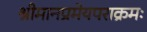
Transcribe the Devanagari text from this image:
श्रीमानप्रमेयपराक्रमः